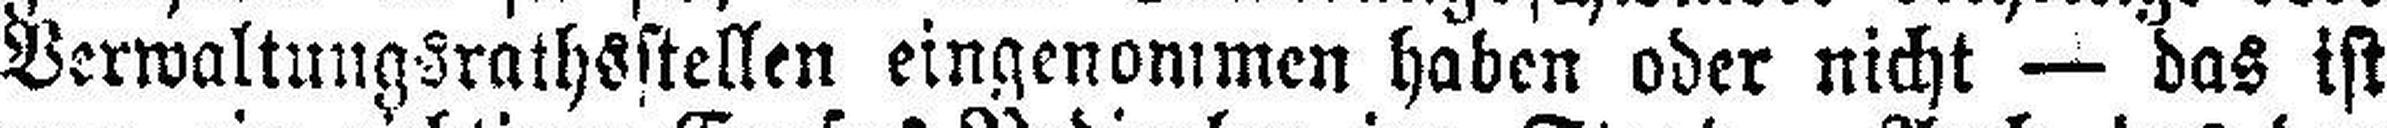
Verwaltungsrathsstellen eingenommen haben oder nicht — das ist